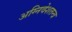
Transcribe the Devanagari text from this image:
अग्निवेशतन्त्र